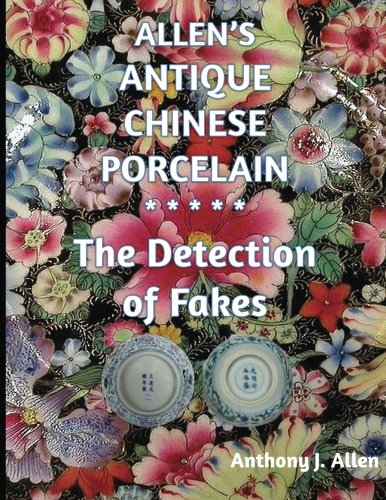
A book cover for Allen's Antique Chinese Porcelain ***The Detection of Fakes***; Mr Anthony John Allen; Crafts, Hobbies & Home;